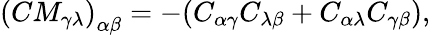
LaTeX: \left(CM_{\gamma\lambda}\right)_{\alpha\beta}=-(C_{\alpha\gamma}C_{\lambda\beta}+C_{\alpha\lambda}C_{\gamma\beta}),